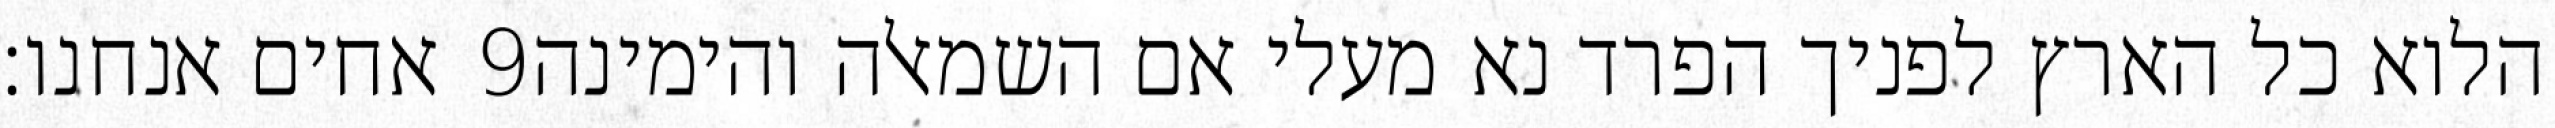
אחים אנחנו׃ ‎9‏ הלוא כל הארץ לפניך הפרד נא מעלי אם השמאלה והימינה